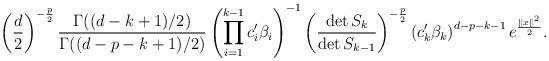
LaTeX: \begin{align*}\left(\frac{d}{2}\right)^{-\frac{p}{2}}\frac{\Gamma((d-k+1)/2)}{\Gamma((d-p-k+1)/2)}\left( \prod_{i=1}^{k-1}c_i'\beta_i\right)^{-1}\left( \frac{\det S_k}{\det S_{k-1}}\right)^{-\frac{p}{2}}\left(c_k'\beta_k\right)^{d-p-k-1}e^{\frac{\|x\|^2}{2}}.\end{align*}